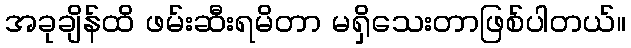
အခုချိန်ထိ ဖမ်းဆီးရမိတာ မရှိသေးတာဖြစ်ပါတယ်။